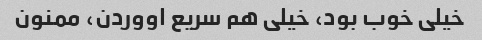
خیلی خوب بود، خیلی هم سریع اووردن، ممنون